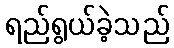
ရည်ရွယ်ခဲ့သည်